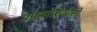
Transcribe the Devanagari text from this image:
प्रकाराऐवजी